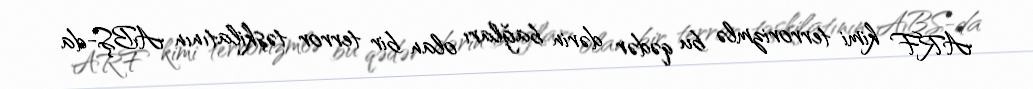
ARF kimi terrorizmlə bu qədər dərin bağları olan bir terror təşkilatının ABŞ-da